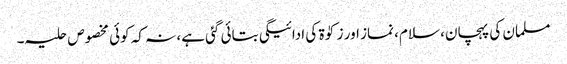
مسلمان کی پہچان، سلام، نماز اور زکوٰۃ کی ادائیگی بتائی گئی ہے، نہ کہ کوئی مخصوص حلیہ۔